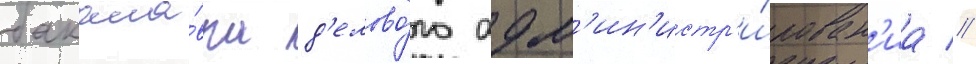
бакала́вра д'елово́го адм'ин'истр'и́рован'иа //